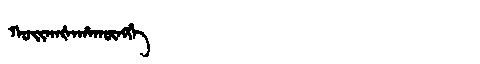
Manchu: ᡴᠣᡳᡴᠠᡧᠠᡥᠠᡴᡡᠩᡤᡝ
Romanization: KOIKAŠAHAKŪNGGE